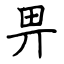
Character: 畀